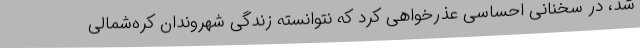
شد، در سخنانی احساسی عذرخواهی کرد که نتوانسته زندگی شهروندان کره‌شمالی